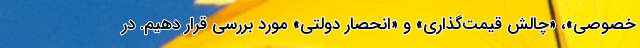
خصوصی»، «چالش قیمت‌گذاری» و «انحصار دولتی» مورد بررسی قرار دهیم. در